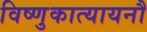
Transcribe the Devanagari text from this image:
विष्णुकात्यायनौ